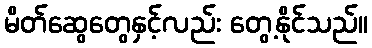
မိတ်ဆွေတွေနှင့်လည်း တွေ့နိုင်သည်။